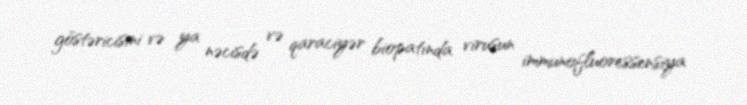
göstəricisini və ya nəcisdə və qaraciyər biopatında virusun immunofluoressensiya